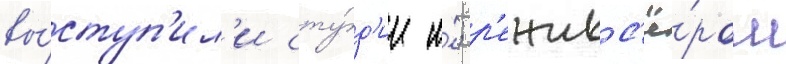
вы́ступ'ил'и сту́д'ии и́; р'ежисс'ё́ром